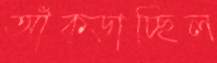
আঁক্‌ড়াচ্ছিল